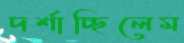
দর্শাচ্ছিলেম